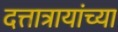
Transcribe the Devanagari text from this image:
दत्तात्रायांच्या